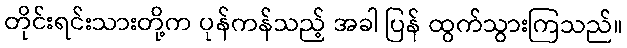
တိုင်းရင်းသားတို့က ပုန်ကန်သည့် အခါ ပြန် ထွက်သွားကြသည်။